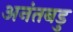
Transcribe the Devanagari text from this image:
अनंतबडु